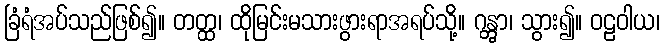
ခြံရံအပ်သည်ဖြစ်၍။ တတ္ထ၊ ထိုမြင်းမသားဖွားရာအရပ်သို့။ ဂန္တွာ၊ သွား၍။ ဝဠဝါယ၊